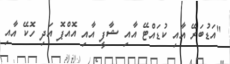
"އަޑުބަރޭ އާއި ކުޑައްޓޭ އާއި ޝާފީ އާއި އޮއްޕޮ އަދި ހޮކޭ އާއި